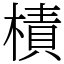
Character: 樍